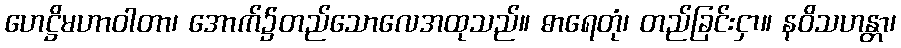
ဟေဋ္ဌိမဟာဝါတာ၊ အောက်၌တည်သောလေအထုသည်။ ဓာရေတုံ၊ တည်ခြင်းငှာ။ နဝိသဟန္တာ၊